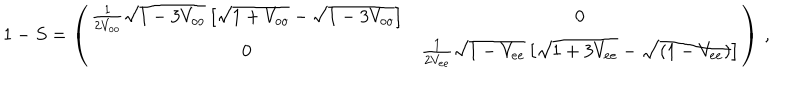
1 - S = \left( \begin{array} { c c } { { \frac { 1 } { 2 V _ { o o } } \sqrt { 1 - 3 V _ { o o } } \left[ \sqrt { 1 + V _ { o o } } - \sqrt { 1 - 3 V _ { o o } } \right] } } & { { 0 } } \\ { { 0 } } & { { \frac { 1 } { 2 V _ { e e } } \sqrt { 1 - V _ { e e } } \left[ \sqrt { 1 + 3 V _ { e e } } - \sqrt { ( 1 - V _ { e e } ) } \right] } } \\ \end{array} \right) \, ,